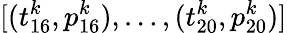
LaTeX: [(t_{16}^{k},p_{16}^{k}),\dots,(t_{20}^{k},p_{20}^{k})]